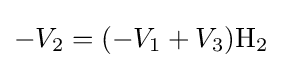
-V_{2}=(-V_{1}+V_{3})\mathrm {H_{2}}